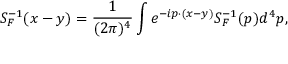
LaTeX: S _ { F } ^ { - 1 } ( x - y ) = { \frac { 1 } { ( 2 \pi ) ^ { 4 } } } \int e ^ { - i p \cdot ( x - y ) } S _ { F } ^ { - 1 } ( p ) d ^ { 4 } p ,